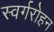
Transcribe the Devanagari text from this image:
स्वर्गरोहन